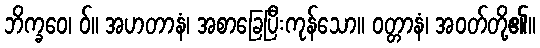
ဘိက္ခဝေ၊ ဝ်။ အဟတာနံ၊ အစာခြေပြီးကုန်သော။ ဝတ္တာနံ၊ အဝတ်တို့၏။